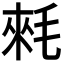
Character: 𣮉